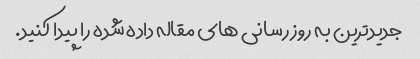
جدیدترین به روز رسانی های مقاله داده شده را پیدا کنید.